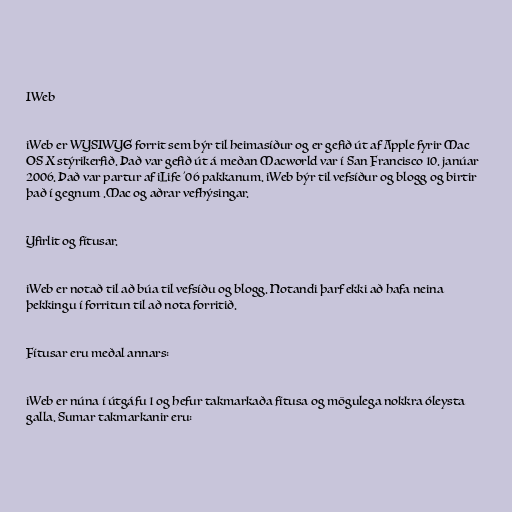
IWeb

iWeb er WYSIWYG forrit sem býr til heimasíður og er gefið út af Apple fyrir Mac
OS X stýrikerfið. Það var gefið út á meðan Macworld var í San Francisco 10. janúar
2006. Það var partur af iLife '06 pakkanum. iWeb býr til vefsíður og blogg og birtir
það í gegnum .Mac og aðrar vefhýsingar.

Yfirlit og fítusar.

iWeb er notað til að búa til vefsíðu og blogg. Notandi þarf ekki að hafa neina
þekkingu í forritun til að nota forritið.

Fítusar eru meðal annars:

iWeb er núna í útgáfu 1 og hefur takmarkaða fítusa og mögulega nokkra óleysta
galla. Sumar takmarkanir eru: